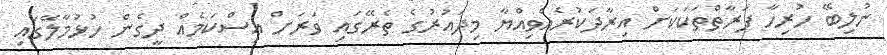
ނުލިބޭ ހުރިހާ ފަރާތްތަކަކަށް އިރާދަކުރެއްވިއްޔާ މިދައުރުގެ ތެރޭގައި ވަރަށް އިސްކަމެއް ދީގެން ހުޅުމާލޭގައި